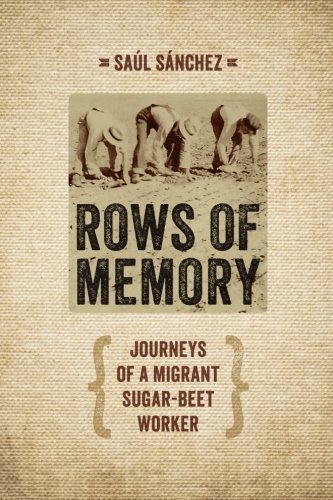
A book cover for Rows of Memory: Journeys of a Migrant Sugar-Beet Worker; Saul Sanchez; Biographies & Memoirs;